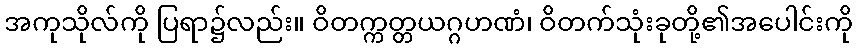
အကုသိုလ်ကို ပြရာ၌လည်း။ ဝိတက္ကတ္တယဂ္ဂဟဏံ၊ ဝိတက်သုံးခုတို့၏အပေါင်းကို